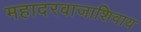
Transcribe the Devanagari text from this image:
महादरवाजाशिवाय